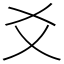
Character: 爻